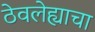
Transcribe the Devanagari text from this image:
ठेवलेह्याचा